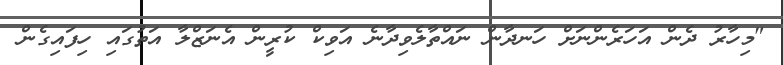
"މިހާރު ދެން އަހަރެންނަށް ހަނދާން ނައްތާލެވިދާނެ އަވިކް ކުރީން އެނަޒްލާ އަތުގައި ހިފައިގެން